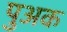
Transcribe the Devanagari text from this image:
पुअक